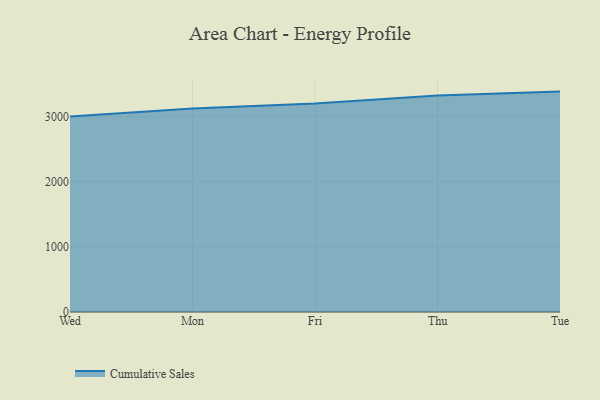
{"axis": {"x": "Day", "y": "Headcount"}, "legend": ["Cumulative Sales"], "data": [{"x": "Wed", "y": 3001.5, "type": "Cumulative Sales"}, {"x": "Mon", "y": 3125.3, "type": "Cumulative Sales"}, {"x": "Fri", "y": 3201.1, "type": "Cumulative Sales"}, {"x": "Thu", "y": 3322.4, "type": "Cumulative Sales"}, {"x": "Tue", "y": 3384.2, "type": "Cumulative Sales"}]}